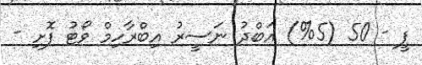
ޕީ - 50 (5%) އަބްދު ނަސީރު އިބްރާހިމް ވޯޓު ފޮށި -